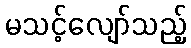
မသင့်လျော်သည့်